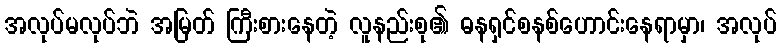
အလုပ်မလုပ်ဘဲ အမြတ် ကြီးစားနေတဲ့ လူနည်းစု၏ ဓနရှင်စနစ်ဟောင်းနေရာမှာ၊ အလုပ်